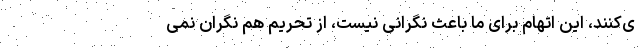
ی‌کنند، این اتهام برای ما باعث نگرانی نیست، از تحریم هم نگران نمی